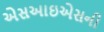
એસઆઇએસની